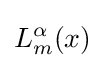
L_{m}^{\alpha }(x)